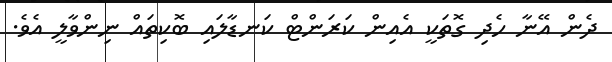
ދެން އޭނާ ހެދި ގޮތަކީ އެއިން ކަރަންޓް ކަނޑާލައި ބޮކިތައް ނިންވާލީ އެވެ.